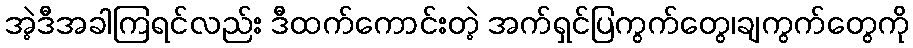
အဲ့ဒီအခါကြရင်လည်း ဒီထက်ကောင်းတဲ့ အက်ရှင်ပြကွက်တွေ၊ချကွက်တွေကို